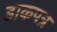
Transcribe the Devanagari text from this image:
डाकपत्र